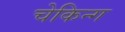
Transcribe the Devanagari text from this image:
चेकिन्ग